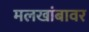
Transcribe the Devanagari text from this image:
मलखांबावर